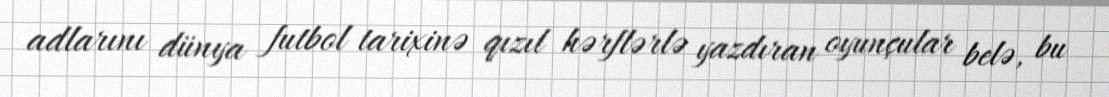
adlarını dünya futbol tarixinə qızıl hərflərlə yazdıran oyunçular belə, bu